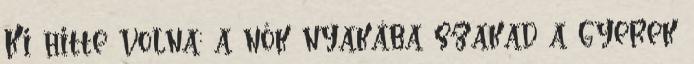
Ki hitte volna: a nők nyakába szakad a gyerek